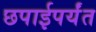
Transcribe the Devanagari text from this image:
छपाईपर्यंत